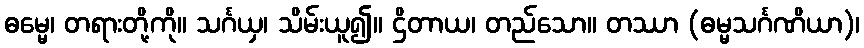
ဓမ္မေ၊ တရားတို့ကို။ သင်္ဂယှ၊ သိမ်းယူ၍။ ဌိတာယ၊ တည်သော။ တဿာ (ဓမ္မသင်္ဂဏိယာ)၊